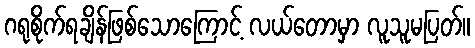
ဂရုစိုက်ရချိန်ဖြစ်သောကြောင့် လယ်တောမှာ လူသူမပြတ်။